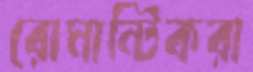
রোমান্টিকরা